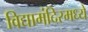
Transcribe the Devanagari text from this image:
विद्यामंदिरमध्ये